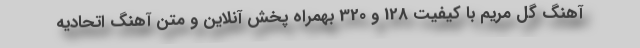
آهنگ گل مریم با کیفیت 128 و 320 بهمراه پخش آنلاین و متن آهنگ اتحادیه